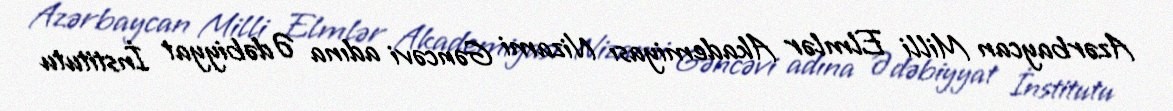
Azərbaycan Milli Elmlər Akademiyası Nizami Gəncəvi adına Ədəbiyyat İnstitutu